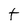
Character: t